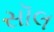
સૉલ